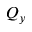
Q _ { y }